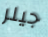
جيلر